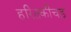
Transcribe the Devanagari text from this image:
हरितकीचड़